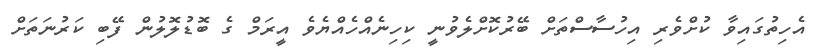
އެހިތުގައިވާ ކުށްވެރި އިހުސާސްތަށް ބޭރުކޮށްލެވުނީ ކިހިނެއްހެއްޔެވެ އީރަމް ގެ ބޮޑުލޮލުން ފޭބި ކަރުނަތަށް